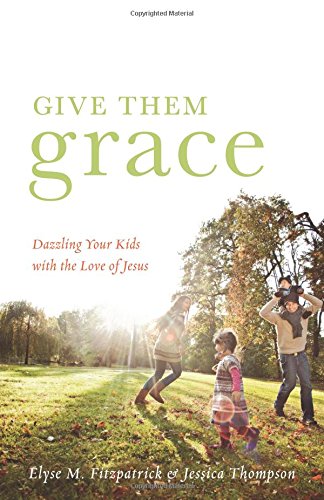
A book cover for Give Them Grace: Dazzling Your Kids with the Love of Jesus; Elyse M. Fitzpatrick; Parenting & Relationships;